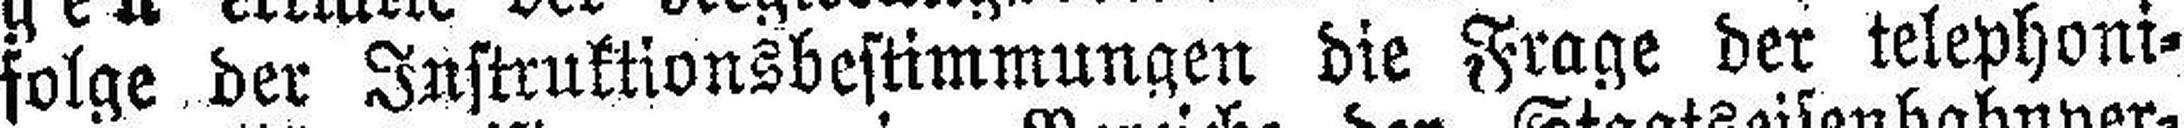
folge der Instruktionsbestimmungen die Frage der telephoni¬